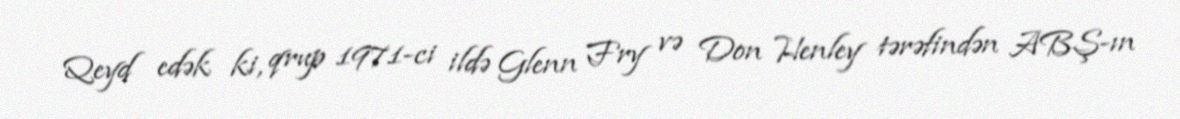
Qeyd edək ki, qrup 1971-ci ildə Glenn Fry və Don Henley tərəfindən ABŞ-ın